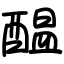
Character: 醖